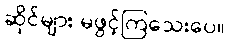
ဆိုင်များ မဖွင့်ကြသေးပေ။